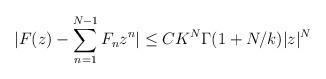
LaTeX: \begin{align*}|F(z) - \sum_{n=1}^{N-1} F_{n}z^{n}| \leq CK^{N}\Gamma(1 + N/k)|z|^{N} \end{align*}